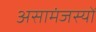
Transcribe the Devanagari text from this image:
असामंजस्यों